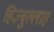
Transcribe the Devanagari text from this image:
हिज़्बुल्लाह